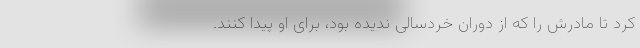
کرد تا مادرش را که از دوران خردسالی ندیده بود، برای او پیدا کنند.